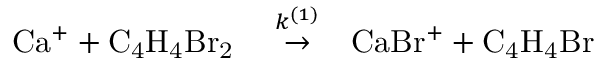
\begin{array} { r l r } { \mathrm { C a ^ { + } + C _ { 4 } H _ { 4 } B r _ { 2 } } } & { { } \stackrel { k ^ { ( 1 ) } } { \to } } & { \mathrm { C a B r ^ { + } + C _ { 4 } H _ { 4 } B r } } \end{array}